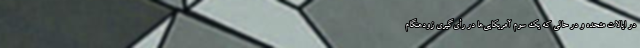
در ایالات متحده و در حالی که یک سوم آمریکایی‌ها در رأی‌گیری زودهنگام